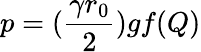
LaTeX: p=(\frac{\gamma r_{0}}{2})gf(Q)